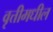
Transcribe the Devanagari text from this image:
वृत्तीमधील